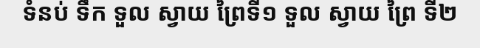
ទំនប់ ទឹក ទួល ស្វាយ ព្រៃទី១ ទួល ស្វាយ ព្រៃ ទី២